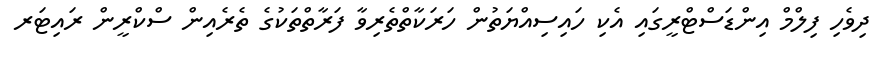
ދިވެހި ފިލްމް އިންޑަސްޓްރީގައި އެކި ހައިސިއްޔަތުން ހަރަކާތްތެރިވާ ފަރާތްތަކުގެ ތެރެއިން ސްކްރީން ރައިޓަރ